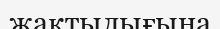
жақтылығына